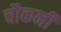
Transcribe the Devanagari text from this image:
चौकनी